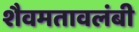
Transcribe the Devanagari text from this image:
शैवमतावलंबी